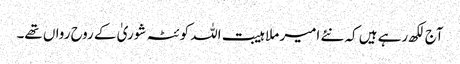
آج لکھ رہے ہیں کہ نئے امیر ملا ہیبت اللہ کوئٹہ شوریٰ کے روح رواں تھے۔